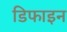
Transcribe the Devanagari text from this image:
डिफाइन